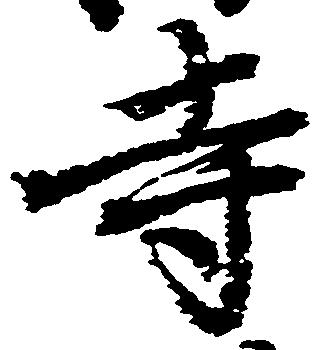
寺